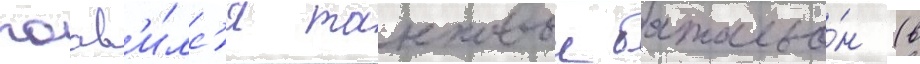
поав'и́лс'я танковыи батальо́н (в